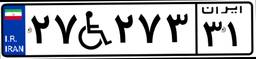
۲۷W۲۷۳۳۱